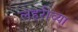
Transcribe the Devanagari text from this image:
लहरीच्या